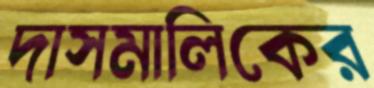
দাসমালিকের